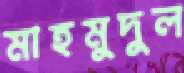
মাহমুদুল